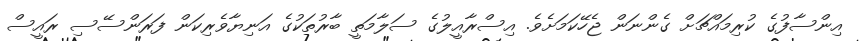
އިންސާފުގެ ކުރިމައްޗަށް ގެންނަން ޖެހޭކަމަށެވެ. އިސްރާއީލުގެ ސަލާމަތީ ބާރުތަކުގެ އަނިޔާވެރިކަން ފަރަންސޭސި ރައީސް